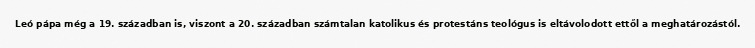
Leó pápa még a 19. században is, viszont a 20. században számtalan katolikus és protestáns teológus is eltávolodott ettől a meghatározástól.